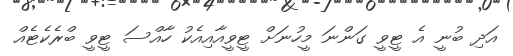
އަދި ބުނީ އެ ޓީވީ ގަންނަ މީހުނަށް ޓީވީއާއިއެކު ހާއްސަ ޓީވީ ބްރެކެޓެއް